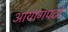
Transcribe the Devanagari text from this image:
आयागपटों